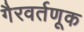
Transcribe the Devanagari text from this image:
गैरवर्तणूक